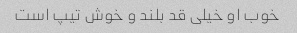
خوب او خیلی قد بلند و خوش تیپ است